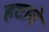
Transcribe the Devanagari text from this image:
हटावे